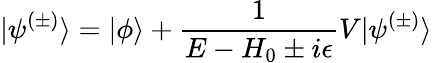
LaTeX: |\psi^{(\pm)}\rangle=|\phi\rangle+{\frac{1}{E-H_{0}\pm i\epsilon}}V|\psi^{(\pm)}\rangle